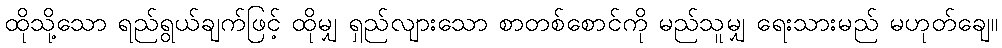
ထိုသို့သော ရည်ရွယ်ချက်ဖြင့် ထိုမျှ ရှည်လျားသော စာတစ်စောင်ကို မည်သူမျှ ရေးသားမည် မဟုတ်ချေ။